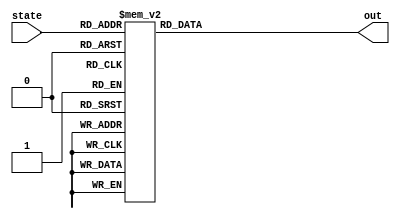
module controllerROM (
  input [3:0] state,
  output reg [39:0] out
);

  always @ ( out or state ) begin
    case (state)
    // TODO: refer to lecture note, page 58
    //                 ab/__nextstates__/1098765432109876543210
    4'b0000: out = 40'b0000010001000100010000000000000001000000; //RES
    4'b0001: out = 40'b0000010001001000101000000000010000100000; //IF0
    4'b0010: out = 40'b0000110011001000100000000010000000001100; //IF1
    4'b0011: out = 40'b0000110011010001000000000000001000000000; //IF2
    4'b0100: out = 40'b0001000100010101010010000000100000000000; //IF3
    4'b0101: out = 40'b1101101001101111100000000000000000000000; //OD
    4'b0110: out = 40'b0001100110011101110100000000010000000000; //LD0
    4'b0111: out = 40'b0010001000011101110000000010001000001100; //LD1
    4'b1000: out = 40'b0000010001000100010001010100000010000001; //LD2
    4'b1001: out = 40'b0010101010101010100100000000010100000010; //ST0
    4'b1010: out = 40'b0000010001101010100000000011000000000100; //ST1
    4'b1011: out = 40'b0011001100110011000100000000010000000000; //AD0
    4'b1100: out = 40'b0011011101110011000000000010001000001100; //AD1
    4'b1101: out = 40'b0000010001000100010001111000000010000001; //AD2
    4'b1110: out = 40'b0000011111000111110000000000000000000000; //BR0
    4'b1111: out = 40'b0000010001000100010100000000000000010000; //BR1
    //                 ab/__nextstates__/1098765432109876543210
    endcase
  end

endmodule